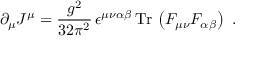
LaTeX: \partial _ { \mu } J ^ { \mu } = \frac { g ^ { 2 } } { 3 2 \pi ^ { 2 } } \, \epsilon ^ { \mu \nu \alpha \beta } \, \mathrm { T r } \, \left( F _ { \mu \nu } F _ { \alpha \beta } \right) \ .